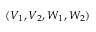
( V _ { 1 } , V _ { 2 } , W _ { 1 } , W _ { 2 } )